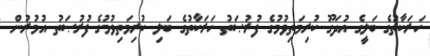
ހަރަކާތުގެ ބަލީގެ އުދަގޫ ކުރިމަތިވުމުގެ ފުރުޞަތު ހަރަކާތުގެ ބަލި ކުރިމަތިވުމުގެ ފުރުޞަތު އުމުރުން